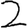
Digit: 2